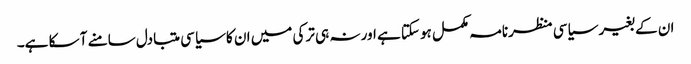
ان کے بغیر سیاسی منظرنامہ مکمل ہوسکتا ہے اور نہ ہی ترکی میں ان کا سیاسی متبادل سامنے آ سکا ہے۔